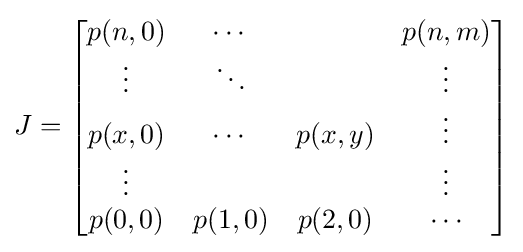
J={\begin{bmatrix}p(n,0)&\cdots &\;&p(n,m)\\\vdots &\ddots &\;&\vdots \\p(x,0)&\cdots &p(x,y)&\vdots \\\vdots &\;&\;&\vdots \\p(0,0)&p(1,0)&p(2,0)&\cdots \end{bmatrix}}